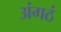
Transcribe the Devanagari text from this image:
अंगठं